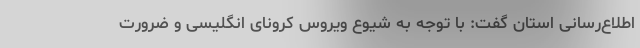
اطلاع‌رسانی استان گفت: با توجه به شیوع ویروس کرونای انگلیسی و ضرورت